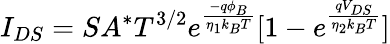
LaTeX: I_{DS}=SA^{*}T^{3/2}e^{\frac{-q\phi_{B}}{\eta_{1}k_{B}T}}[1-e^{\frac{qV_{DS}}{\eta_{2}k_{B}T}}]